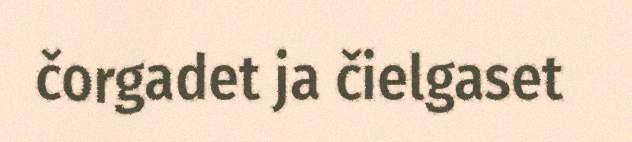
čorgadet ja čielgaset